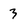
Character: 3